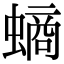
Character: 螪